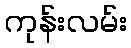
ကုန်းလမ်း